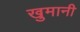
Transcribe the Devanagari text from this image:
खुमानी